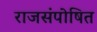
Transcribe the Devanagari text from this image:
राजसंपोषित